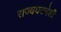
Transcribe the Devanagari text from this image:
राज्यघटनेशी